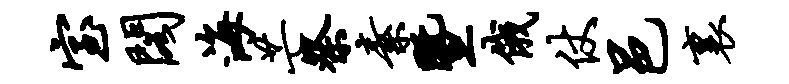
室阁海芒祭素暨俄仗邑里